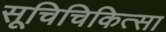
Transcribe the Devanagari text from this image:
सूचिचिकित्सा